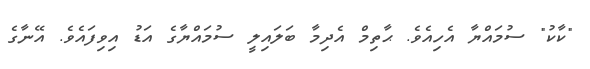
"ކާކު" ސުމައްޔާ އެހިއެވެ. ޙާތިމް އެދިމާ ބަލައިލީ ސުމައްޔާގެ އަޑު އިވިފައެވެ. އޭނާގެ